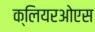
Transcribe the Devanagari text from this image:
क्लियरओएस